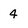
Character: 4